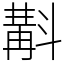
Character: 斠